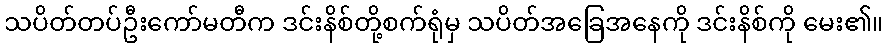
သပိတ်တပ်ဦးကော်မတီက ဒင်းနိစ်တို့စက်ရုံမှ သပိတ်အခြေအနေကို ဒင်းနိစ်ကို မေး၏။